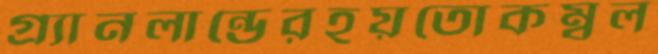
গ্র্যানলান্ডেরহয়তোকম্বল